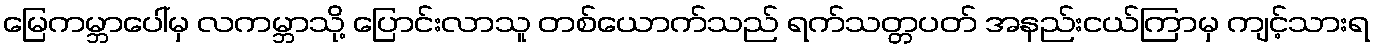
မြေကမ္ဘာပေါ်မှ လကမ္ဘာသို့ ပြောင်းလာသူ တစ်ယောက်သည် ရက်သတ္တပတ် အနည်းငယ်ကြာမှ ကျင့်သားရ